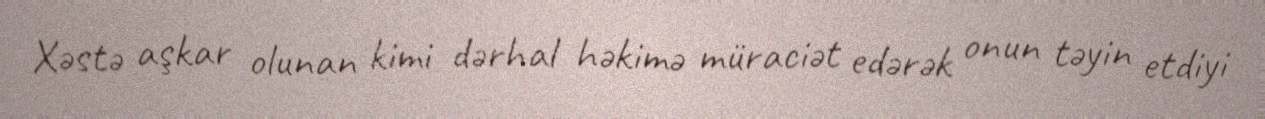
Xəstə aşkar olunan kimi dərhal həkimə müraciət edərək onun təyin etdiyi